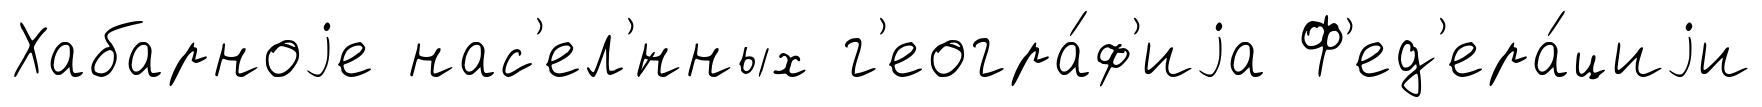
Хабарноjе нас'ел'́нных г'еогра́ф'иjа Ф'ед'ера́циjи